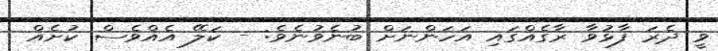
ވީ ދެރަ ފާޅުވާ ރާގެއްގައި އަހަންނަށް ބުނެވުނެވެ: - ކަލޭ އެއްވެސް ކުށެއް